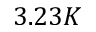
3 . 2 3 K